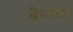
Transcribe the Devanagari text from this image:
वैलनेस